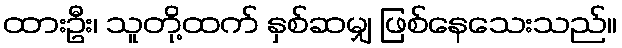
ထားဦး၊ သူတို့ထက် နှစ်ဆမျှ ဖြစ်နေသေးသည်။